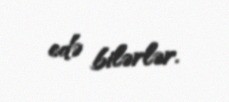
edə bilərlər.